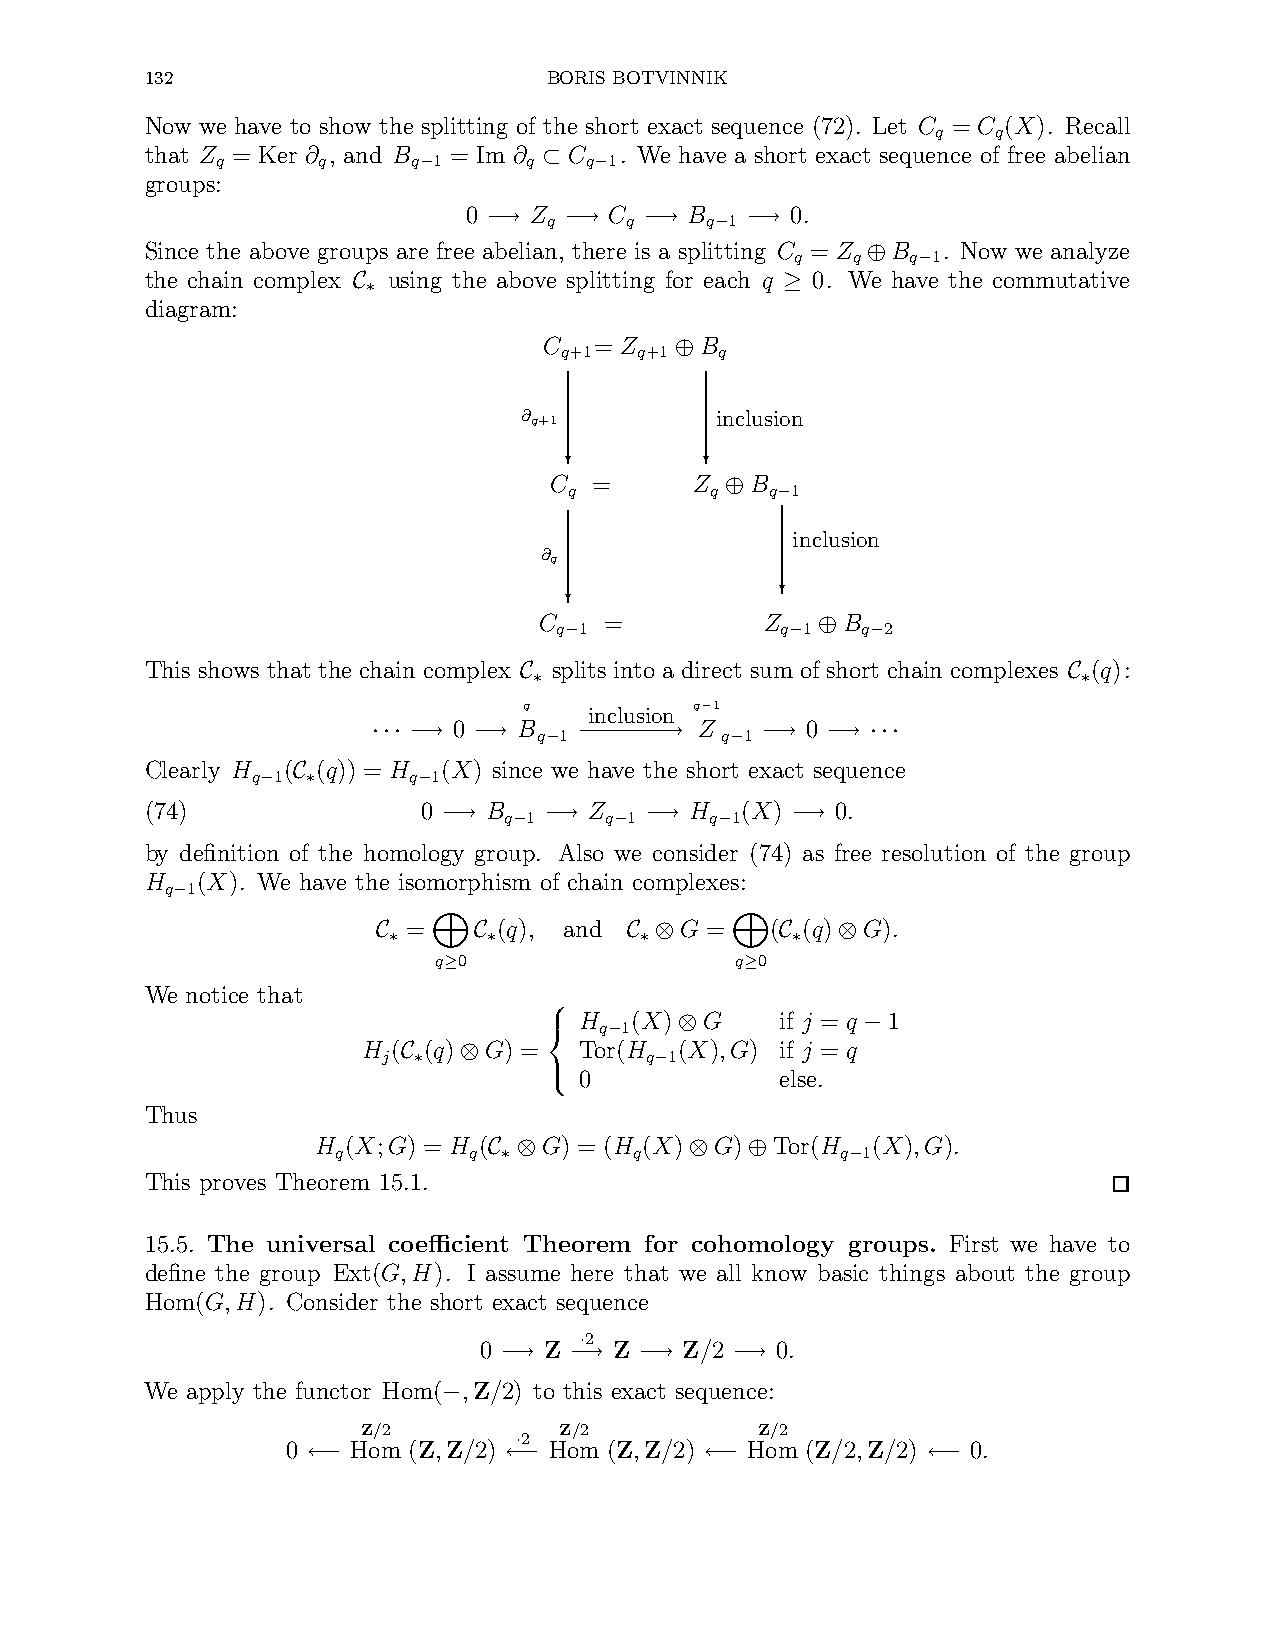
132                       BORIS BOTVINNIK
 Now we have to show the splitting of the short exact sequence (72). Let C = C (X). Recall
 q   q
 that Z = Ker ∂ , and B = Im ∂ C . We have a short exact sequence of free abelian
 q      q     q 1     q   q 1
 −       ⊂  −
 groups:
 0   Z    C     B     0.
 q    q     q 1
 −→   −→    −→  − −→
 Since the above groups are free abelian, there is a splitting C = Z B . Now we analyze
 q  q   q 1
 ⊕   −
 the chain complex using the above splitting for each q 0. We have the commutative
 C∗                           ≥
 diagram:
 C  = Z    B
 q+1  q+1   q
 ⊕
 ∂q+1        inclusion
 ?        ?
 C  =      Z   B
 q        q   q 1
 ⊕  −
 inclusion
 ∂q
 ?
 ?
 C   =          Z    B
 q 1            q 1  q 2
 −              − ⊕   −
 This shows that the chain complex splits into a direct sum of short chain complexes (q):
 C∗                                   C∗
 q
 inclusion
 q−1
 0   B           Z      0
 q 1         q 1
 ··· −→ −→  − −−−−−−→   − −→   −→ ···
 Clearly H ( (q)) = H (X) since we have the short exact sequence
 q 1       q 1
 − C∗       −
 (74)              0   B      Z      H  (X)   0.
 q 1    q 1    q 1
 −→   − −→   − −→   −   −→
 by definition of the homology group. Also we consider (74) as free resolution of the group
 H  (X). We have the isomorphism of chain complexes:
 q 1
 −
 =     (q), and    G =   ( (q) G).
 C∗    C∗        C∗ ⊗       C∗ ⊗
 q 0                 q 0
 M≥                 M≥
 We notice that
 H   (X)  G    if j = q 1
 q 1
 −    ⊗           −
 H ( (q) G) =  Tor(H  (X),G) if j = q
 j                 q 1
 C∗ ⊗           −
 0             else.
 
 Thus
 
 H (X;G) = H (  G) = (H (X) G) Tor(H  (X),G).
 q        q          q             q 1
 C∗ ⊗          ⊗   ⊕     −
 This proves Theorem 15.1.
 15.5. The universal coefficient Theorem for cohomology groups. First we have to
 define the group Ext(G,H). I assume here that we all know basic things about the group
 Hom(G,H). Consider the short exact sequence
 2
 0   Z ·  Z   Z/2   0.
 −→   −→  −→     −→
 We apply the functor Hom( ,Z/2) to this exact sequence:
 −
 Z/2          Z/2          Z/2
 2
 0   Hom (Z,Z/2) · Hom (Z,Z/2) Hom (Z/2,Z/2)  0.
 ←−           ←−            ←−            ←−